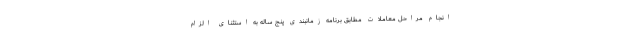
انجام مراحل معاملات مطابق برنامه زمانبندی پنج ساله به استثنای الزام